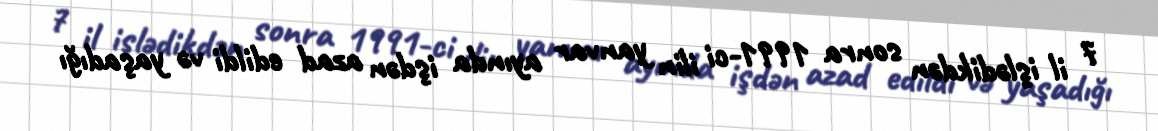
7 il işlədikdən sonra 1991-ci ilin yanvar ayında işdən azad edildi və yaşadığı